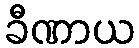
ခီဏာယ